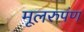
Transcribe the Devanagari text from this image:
मूलरुपंण